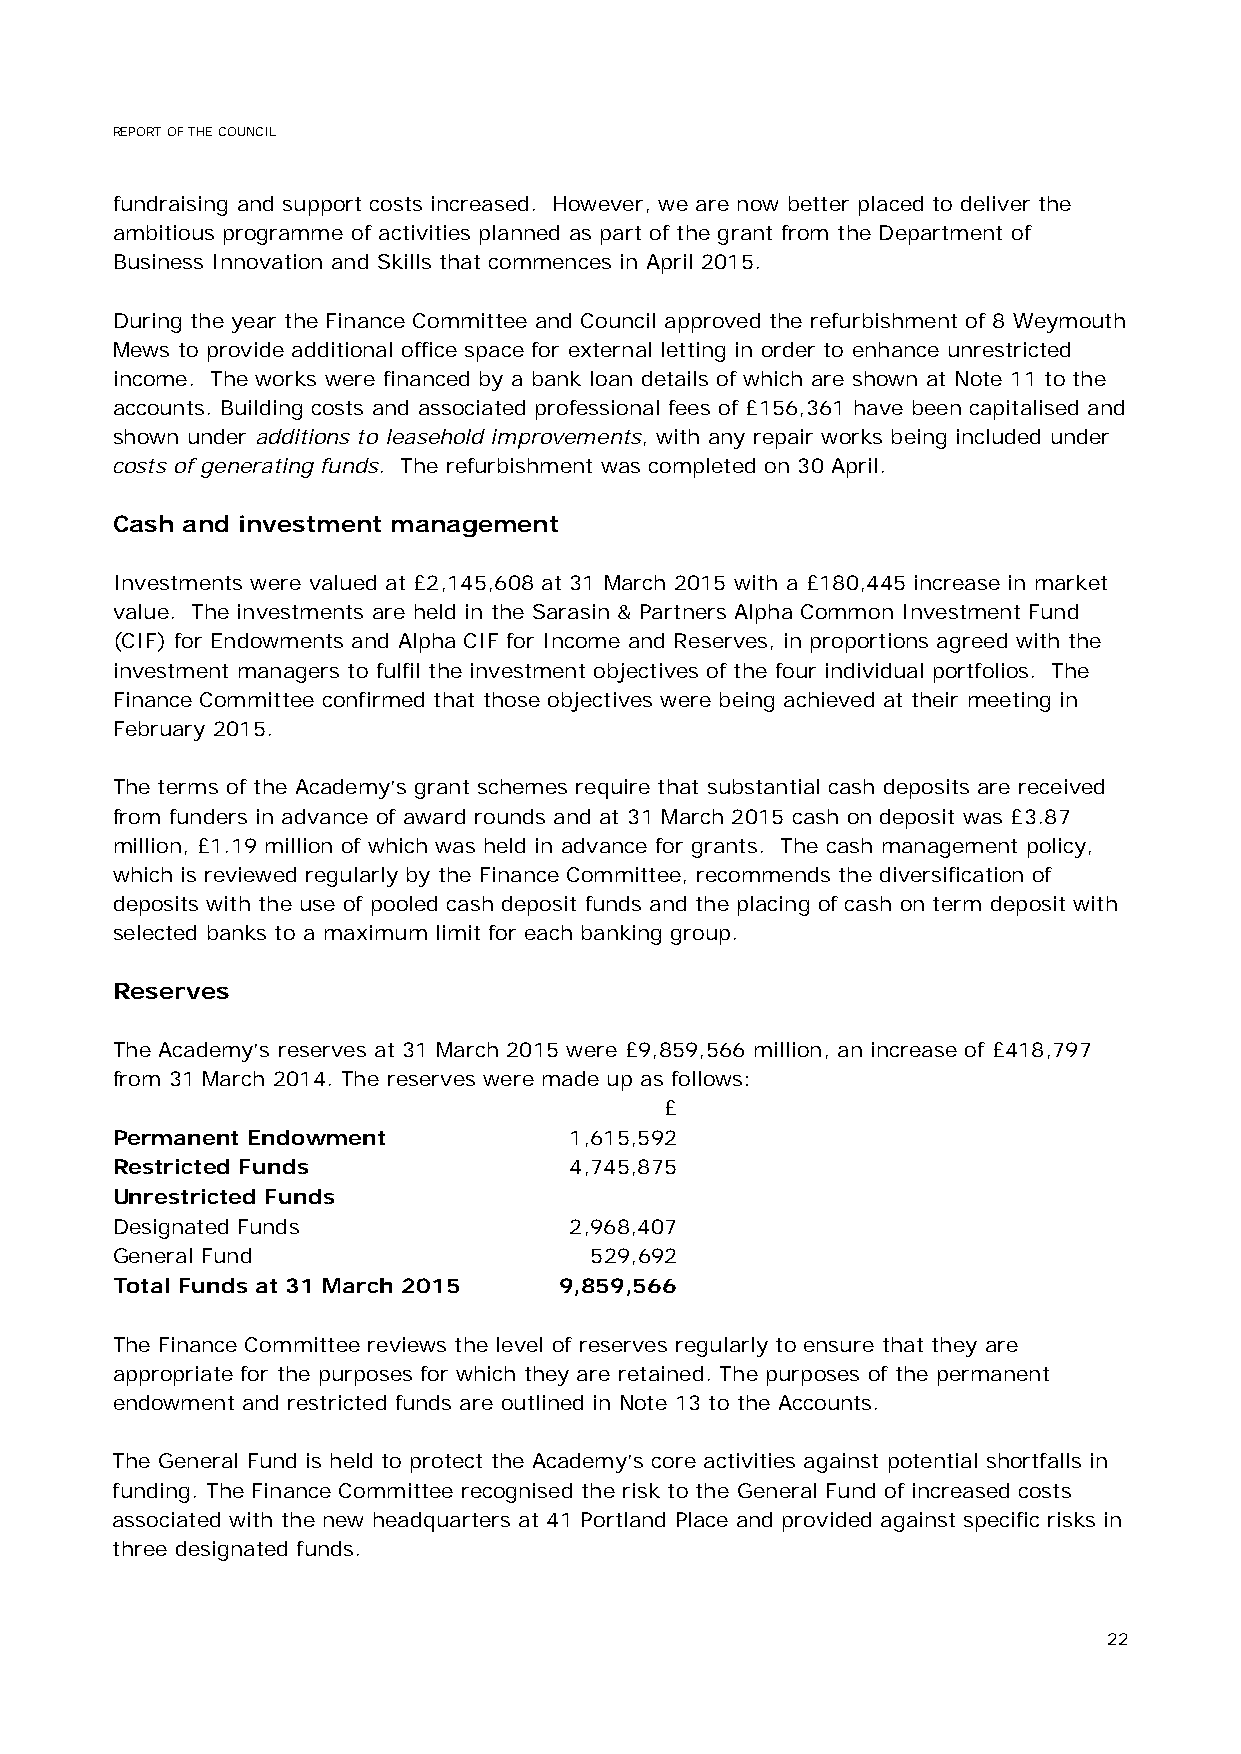
REPORT OF THE COUNCIL
 fundraising and support costs increased. However, we are now better placed to deliver the
 ambitious programme of activities planned as part of the grant from the Department of
 Business Innovation and Skills that commences in April 2015.
 During the year the Finance Committee and Council approved the refurbishment of 8 Weymouth
 Mews to provide additional office space for external letting in order to enhance unrestricted
 income. The works were financed by a bank loan details of which are shown at Note 11 to the
 accounts. Building costs and associated professional fees of £156,361 have been capitalised and
 shown under additions to leasehold improvements, with any repair works being included under
 costs of generating funds. The refurbishment was completed on 30 April.
 Cash and investment management
 Investments were valued at £2,145,608 at 31 March 2015 with a £180,445 increase in market
 value. The investments are held in the Sarasin & Partners Alpha Common Investment Fund
 (CIF) for Endowments and Alpha CIF for Income and Reserves, in proportions agreed with the
 investment managers to fulfil the investment objectives of the four individual portfolios. The
 Finance Committee confirmed that those objectives were being achieved at their meeting in
 February 2015.
 The terms of the Academy’s grant schemes require that substantial cash deposits are received
 from funders in advance of award rounds and at 31 March 2015 cash on deposit was £3.87
 million, £1.19 million of which was held in advance for grants. The cash management policy,
 which is reviewed regularly by the Finance Committee, recommends the diversification of
 deposits with the use of pooled cash deposit funds and the placing of cash on term deposit with
 selected banks to a maximum limit for each banking group.
 Reserves
 The Academy’s reserves at 31 March 2015 were £9,859,566 million, an increase of £418,797
 from 31 March 2014. The reserves were made up as follows:
 £
 Permanent Endowment            1,615,592
 Restricted Funds               4,745,875
 Unrestricted Funds
 Designated Funds               2,968,407
 General Fund                    529,692
 Total Funds at 31 March 2015  9,859,566
 The Finance Committee reviews the level of reserves regularly to ensure that they are
 appropriate for the purposes for which they are retained. The purposes of the permanent
 endowment and restricted funds are outlined in Note 13 to the Accounts.
 The General Fund is held to protect the Academy’s core activities against potential shortfalls in
 funding. The Finance Committee recognised the risk to the General Fund of increased costs
 associated with the new headquarters at 41 Portland Place and provided against specific risks in
 three designated funds.
 22